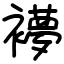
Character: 䙦